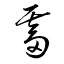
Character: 霤